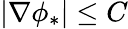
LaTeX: |\nabla\phi_{*}|\le C